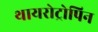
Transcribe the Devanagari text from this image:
थायरोट्रोपिन